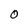
Character: 0